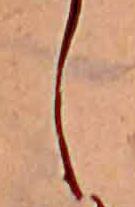
し